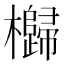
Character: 𣠗